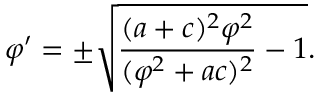
\varphi ^ { \prime } = \pm \sqrt { \frac { ( a + c ) ^ { 2 } \varphi ^ { 2 } } { ( \varphi ^ { 2 } + a c ) ^ { 2 } } - 1 } .